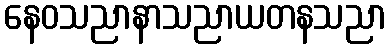
နေဝသညာနာသညာယတနသညာ